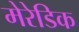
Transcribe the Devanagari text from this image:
मेरेडिक